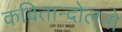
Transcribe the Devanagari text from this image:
कवितान्दोलनो